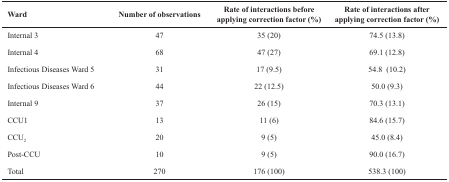
<table><thead><tr><td><b>Ward</b></td><td><b>Number of observations</b></td><td><b>Rate of interactions before applying correction factor (%)</b></td><td><b>Rate of interactions after applying correction factor (%)</b></td></tr></thead><tbody><tr><td>Internal 3</td><td>47</td><td>35 (20)</td><td>74.5 (13.8)</td></tr><tr><td>Internal 4</td><td>68</td><td>47 (27)</td><td>69.1 (12.8)</td></tr><tr><td>Infectious Diseases Ward 5</td><td>31</td><td>17 (9.5)</td><td>54.8 (10.2)</td></tr><tr><td>Infectious Diseases Ward 6</td><td>44</td><td>22 (12.5)</td><td>50.0 (9.3)</td></tr><tr><td>Internal 9</td><td>37</td><td>26 (15)</td><td>70.3 (13.1)</td></tr><tr><td>CCU<sub>1</sub></td><td>13</td><td>11 (6)</td><td>84.6 (15.7)</td></tr><tr><td>CCU<sub>2</sub></td><td>20</td><td>9 (5)</td><td>45.0 (8.4)</td></tr><tr><td>Post-CCU</td><td>10</td><td>9 (5)</td><td>90.0 (16.7)</td></tr><tr><td>Total</td><td>270</td><td>176 (100)</td><td>538.3 (100)</td></tr></tbody></table>